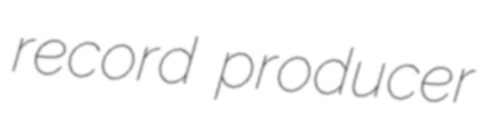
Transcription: record producer